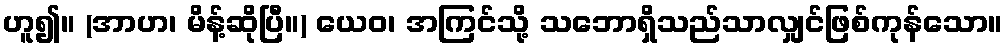
ဟူ၍။ (အာဟ၊ မိန့်ဆိုပြီ။) ယေဝ၊ အကြင်သို့ သဘောရှိသည်သာလျှင်ဖြစ်ကုန်သော။